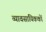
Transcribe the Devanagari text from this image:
व्यावसायिककों